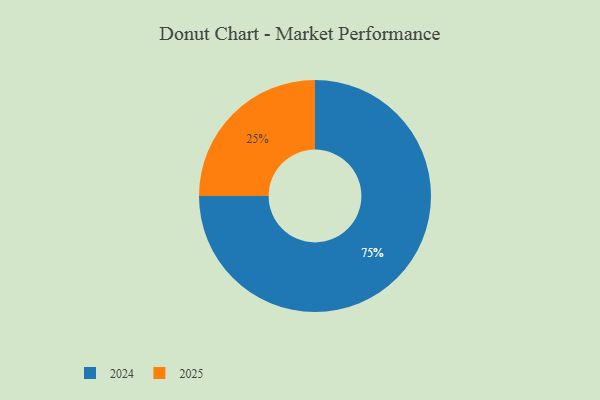
{"axis": {"x": "Category", "y": "Percentage"}, "legend": ["2024", "2025"], "data": [{"x": "2025", "y": 25, "type": "2025"}, {"x": "2024", "y": 75, "type": "2024"}]}